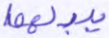
يبدلهما